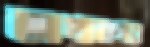
আখানগর